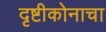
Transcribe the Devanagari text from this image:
दृष्टीकोनाचा